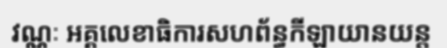
វណ្ណៈ អគ្គលេខាធិការសហព័ន្ធកីឡាយានយន្ត